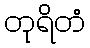
တုရိတံ